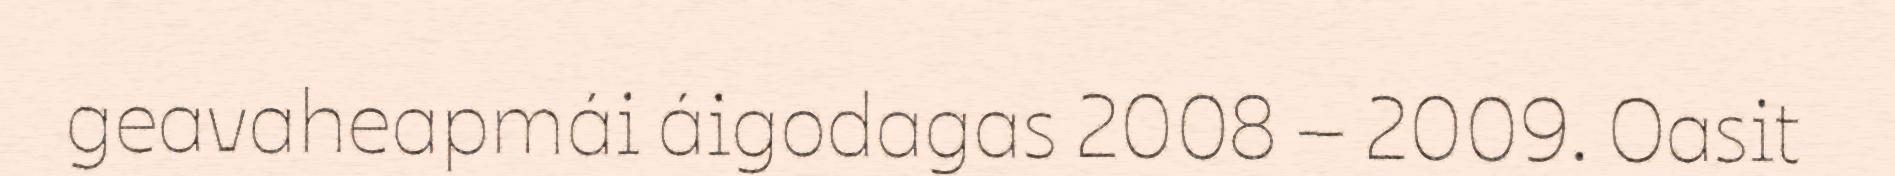
geavaheapmái áigodagas 2008 – 2009. Oasit